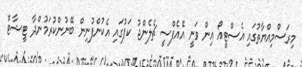
މިރަސްމިއްޔާތުގައި އެސްޓީއޯ އިން ވަނީ އޭއެފްސީ ޗެލެންޖު ކަޕުގައި އެކުންފުނިން ބޭނުންކުރަމުންދާ ޓީޝާޓް